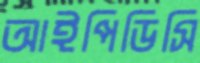
আইপিডিসি